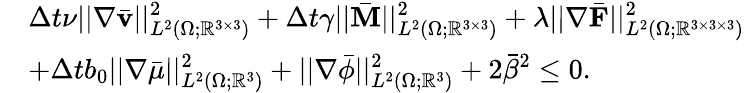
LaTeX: \begin{array}{rl}&{\displaystyle\Delta t\nu||\nabla\bar{\mathbf{v}}||_{L^{2}(\Omega;\mathbb{R}^{3\times 3})}^{2}+\Delta t\gamma||\bar{\mathbf{M}}||_{L^{2}(\Omega;\mathbb{R}^{3\times 3})}^{2}+\lambda||\nabla\bar{\mathbf{F}}||_{L^{2}(\Omega;\mathbb{R}^{3\times 3\times 3})}^{2}}\\ &{\displaystyle+\Delta tb_{0}||\nabla\bar{\mu}||_{L^{2}(\Omega;\mathbb{R}^{3})}^{2}+||\nabla\bar{\phi}||_{L^{2}(\Omega;\mathbb{R}^{3})}^{2}+2\bar{\beta}^{2}\leq 0.}\end{array}